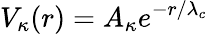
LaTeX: V_{\kappa}(r)=A_{\kappa}e^{-r/\lambda_{c}}